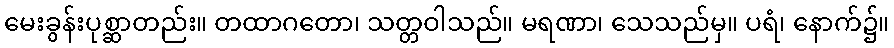
မေးခွန်းပုစ္ဆာတည်း။ တထာဂတော၊ သတ္တဝါသည်။ မရဏာ၊ သေသည်မှ။ ပရံ၊ နောက်၌။